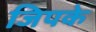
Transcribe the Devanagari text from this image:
जिपके